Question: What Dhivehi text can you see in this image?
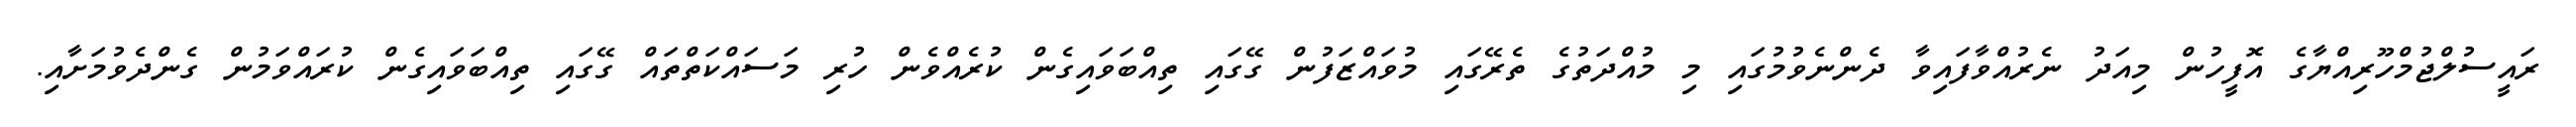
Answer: ރައީސުލްޖުމްހޫރިއްޔާގެ އޮފީހުން މިއަދު ނެރުއްވާފައިވާ ދެންނެވުމުގައި މި މުއްދަތުގެ ތެރޭގައި މުވައްޒަފުން ގޭގައި ތިއްބަވައިގެން ކުރެއްވެން ހުރި މަސައްކަތްތައް ގޭގައި ތިއްބަވައިގެން ކުރައްވަމުން ގެންދެވުމަށާއި.